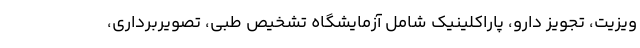
ویزیت، تجویز دارو، پاراکلینیک شامل آزمایشگاه تشخیص طبی، تصویربرداری،